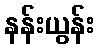
နန်းယွန်း